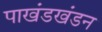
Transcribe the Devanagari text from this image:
पाखंडखंडन